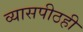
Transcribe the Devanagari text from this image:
व्यासपीठही